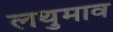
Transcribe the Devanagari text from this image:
लथुमाव